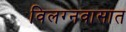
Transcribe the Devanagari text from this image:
विलग्नवासात